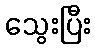
သွေးပြီး